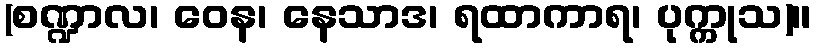
(စဏ္ဍာလ၊ ဝေန၊ နေသာဒ၊ ရထာကာရ၊ ပုက္ကုသ)။